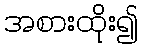
အစားထိုး၍